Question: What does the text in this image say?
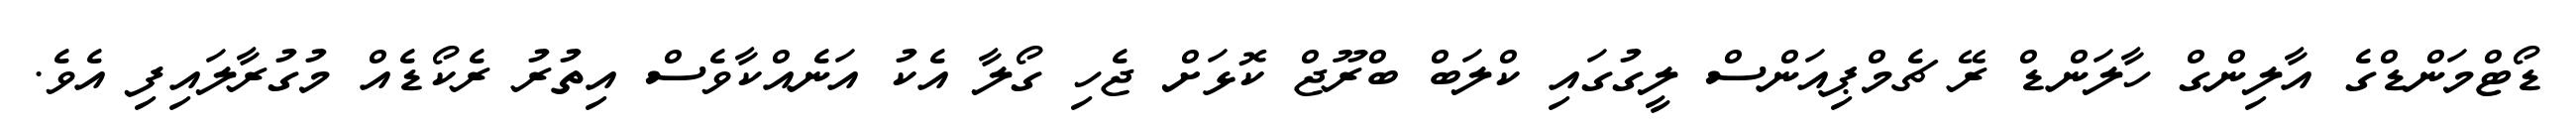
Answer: ޑޯޓްމަންޑްގެ އާލިންގް ހާލަންޑް ރޭ ޗެމްޕިއަންސް ލީގުގައި ކްލަބް ބްރޫޖް ކޮޅަށް ޖެހި ގޯލާ އެކު އަނެއްކާވެސް އިތުރު ރެކޯޑެއް މުގުރާލައިފި އެވެ.